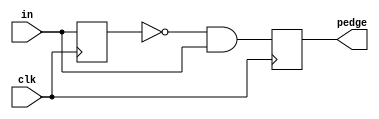
module top_module (
    input clk,
    input [7:0] in,
    output [7:0] pedge
);

    wire [7:0]in_r1;
    always@(posedge clk) begin
        in_r1 <= in;
        pedge <= ~in_r1 & in;
    end

endmodule